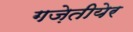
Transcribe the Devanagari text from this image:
गज़ेतीयेर